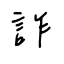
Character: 詐